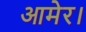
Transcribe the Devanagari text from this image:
आमेर।